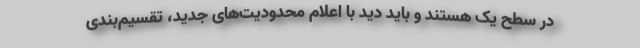
در سطح یک هستند و باید دید با اعلام محدودیت‌های جدید، تقسیم‌بندی